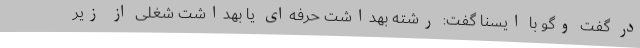
در گفت وگو با ایسنا گفت: رشته بهداشت حرفه‌ای یا بهداشت شغلی از زیر